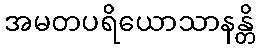
အမတပရိယောသာနန္တိ